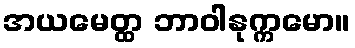
အယမေတ္ထ ဘာဝါနုက္ကမော။